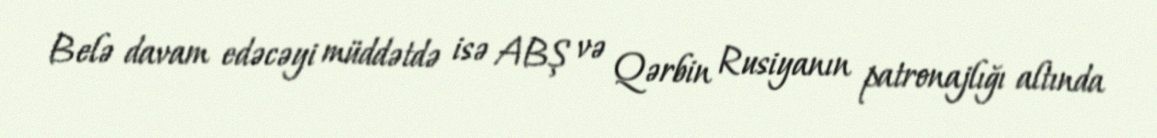
Belə davam edəcəyi müddətdə isə ABŞ və Qərbin Rusiyanın patronajlığı altında